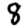
Digit: 8